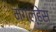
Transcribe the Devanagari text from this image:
मगल्हेस